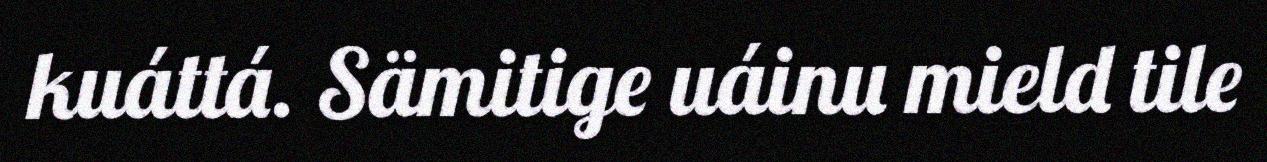
kuáttá. Sämitige uáinu mield tile